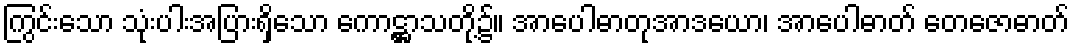
ကြွင်းသော သုံးပါးအပြားရှိသော ကောဋ္ဌာသတို့၌။ အာပေါဓာတုအာဒယော၊ အာပေါဓာတ် တေဇောဓာတ်